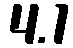
4.1